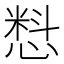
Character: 𰒄